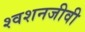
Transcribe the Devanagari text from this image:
श्वशनजीवी